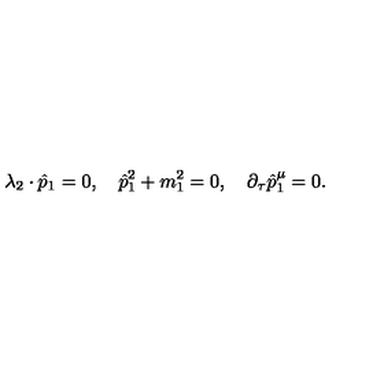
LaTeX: \lambda _ { 2 } \cdot \hat { p } _ { 1 } = 0 , \quad \hat { p } _ { 1 } ^ { 2 } + m _ { 1 } ^ { 2 } = 0 , \quad \partial _ { \tau } \hat { p } _ { 1 } ^ { \mu } = 0 .